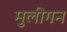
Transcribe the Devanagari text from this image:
मुलीगन